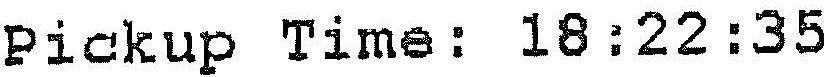
PICKUP TIME: 18:22:35